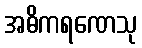
အဓိကရဏေသု